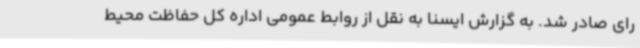
رای صادر شد. به گزارش ایسنا به نقل از روابط عمومی اداره کل حفاظت محیط